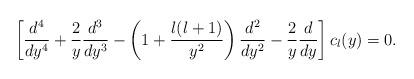
LaTeX: \begin{align*}\left[{d^{4}\over dy^{4}}+{2\over y}{d^{3}\over dy^{3}}-\left(1+{l(l+1)\over y^{2}}\right){d^{2}\over dy^{2}}-{2\over y}{d\over dy}\right]c_{l}(y)=0.\end{align*}